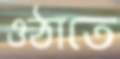
ওঠাতে